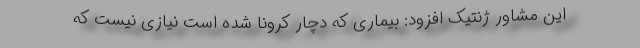
این مشاور ژنتیک افزود: بیماری که دچار کرونا شده است نیازی نیست که